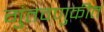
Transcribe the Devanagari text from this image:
गुंतवणुकीत